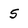
Character: 5